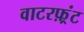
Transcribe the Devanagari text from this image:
वाटरफ़्रंट